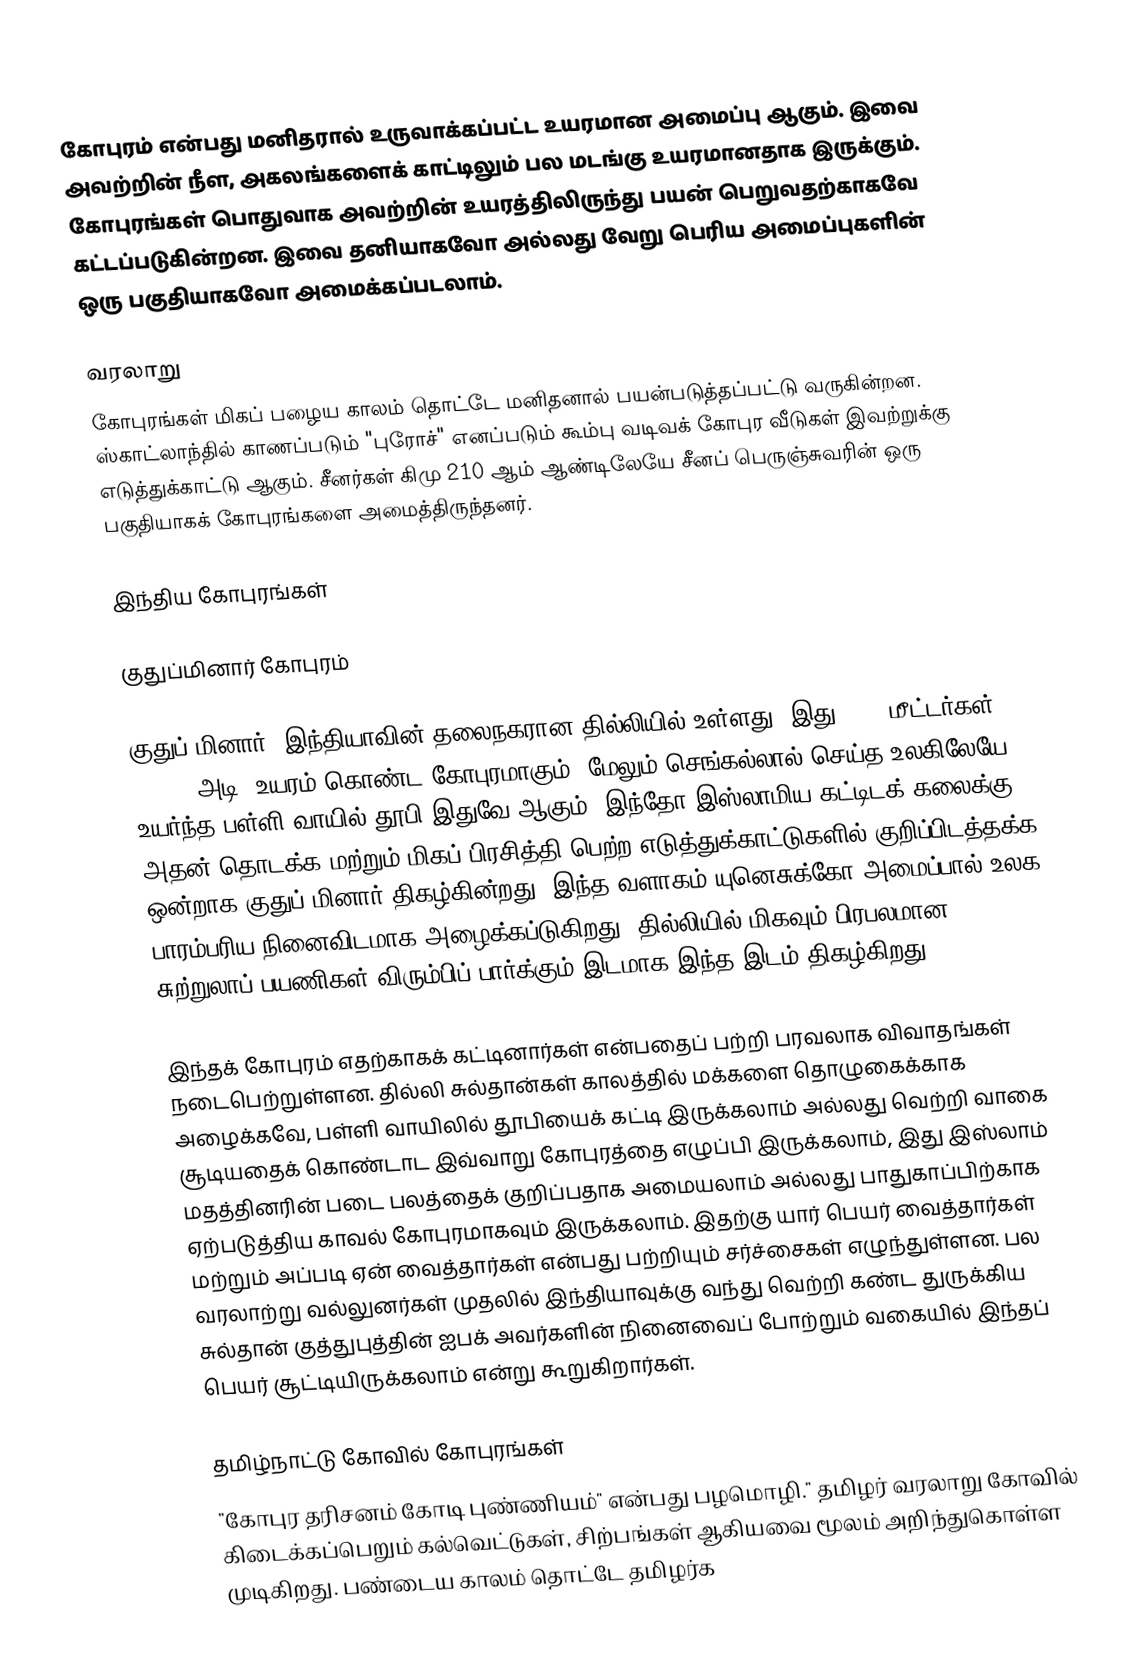
கோபுரம் என்பது மனிதரால் உருவாக்கப்பட்ட உயரமான அமைப்பு ஆகும். இவை அவற்றின் நீள, அகலங்களைக் காட்டிலும் பல மடங்கு உயரமானதாக இருக்கும். கோபுரங்கள் பொதுவாக அவற்றின் உயரத்திலிருந்து பயன் பெறுவதற்காகவே கட்டப்படுகின்றன. இவை தனியாகவோ அல்லது வேறு பெரிய அமைப்புகளின் ஒரு பகுதியாகவோ அமைக்கப்படலாம்.

வரலாறு
கோபுரங்கள் மிகப் பழைய காலம் தொட்டே மனிதனால் பயன்படுத்தப்பட்டு வருகின்றன. ஸ்காட்லாந்தில் காணப்படும் "புரோச்" எனப்படும் கூம்பு வடிவக் கோபுர வீடுகள் இவற்றுக்கு எடுத்துக்காட்டு ஆகும். சீனர்கள் கிமு 210 ஆம் ஆண்டிலேயே சீனப் பெருஞ்சுவரின் ஒரு பகுதியாகக் கோபுரங்களை அமைத்திருந்தனர்.

இந்திய கோபுரங்கள்

குதுப்மினார் கோபுரம்

குதுப் மினார், இந்தியாவின் தலைநகரான தில்லியில் உள்ளது. இது 72.5 மீட்டர்கள் (237.8 அடி) உயரம் கொண்ட கோபுரமாகும். மேலும் செங்கல்லால் செய்த உலகிலேயே உயர்ந்த பள்ளி வாயில் தூபி இதுவே ஆகும். இந்தோ-இஸ்லாமிய கட்டிடக் கலைக்கு அதன் தொடக்க மற்றும் மிகப் பிரசித்தி பெற்ற எடுத்துக்காட்டுகளில் குறிப்பிடத்தக்க ஒன்றாக குதுப் மினார் திகழ்கின்றது. இந்த வளாகம் யுனெசுக்கோ அமைப்பால் உலக பாரம்பரிய நினைவிடமாக  அழைக்கப்டுகிறது. தில்லியில் மிகவும் பிரபலமான சுற்றுலாப் பயணிகள் விரும்பிப் பார்க்கும் இடமாக இந்த இடம் திகழ்கிறது.

இந்தக் கோபுரம் எதற்காகக் கட்டினார்கள் என்பதைப் பற்றி பரவலாக விவாதங்கள் நடைபெற்றுள்ளன. தில்லி சுல்தான்கள் காலத்தில் மக்களை தொழுகைக்காக அழைக்கவே, பள்ளி வாயிலில் தூபியைக் கட்டி இருக்கலாம் அல்லது வெற்றி வாகை சூடியதைக் கொண்டாட இவ்வாறு கோபுரத்தை எழுப்பி இருக்கலாம், இது இஸ்லாம் மதத்தினரின் படை பலத்தைக் குறிப்பதாக அமையலாம் அல்லது பாதுகாப்பிற்காக ஏற்படுத்திய காவல் கோபுரமாகவும் இருக்கலாம். இதற்கு யார் பெயர் வைத்தார்கள் மற்றும் அப்படி ஏன் வைத்தார்கள் என்பது பற்றியும் சர்ச்சைகள் எழுந்துள்ளன. பல வரலாற்று வல்லுனர்கள் முதலில் இந்தியாவுக்கு வந்து வெற்றி கண்ட துருக்கிய சுல்தான் குத்துபுத்தின் ஐபக் அவர்களின் நினைவைப் போற்றும் வகையில் இந்தப் பெயர் சூட்டியிருக்கலாம் என்று கூறுகிறார்கள்.

தமிழ்நாட்டு கோவில் கோபுரங்கள்
"கோபுர தரிசனம் கோடி புண்ணியம்" என்பது பழமொழி." தமிழர் வரலாறு கோவில் கிடைக்கப்பெறும் கல்வெட்டுகள், சிற்பங்கள் ஆகியவை மூலம் அறிந்துகொள்ள முடிகிறது. பண்டைய காலம் தொட்டே தமிழர்க